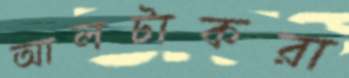
আলটাকরা